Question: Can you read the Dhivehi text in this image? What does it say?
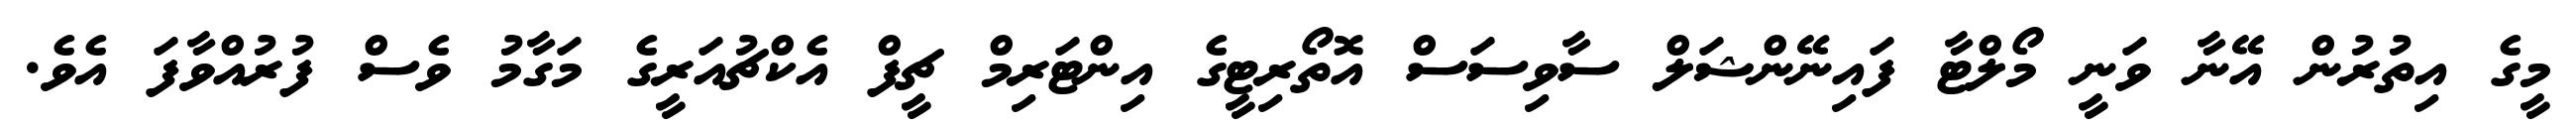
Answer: މީގެ އިތުރުން އޭނާ ވަނީ މޯލްޓާ ފައިނޭންޝަލް ސާވިސަސް އޮތޯރިޓީގެ އިންޓަރިމް ޗީފް އެކްޗުއަރީގެ މަގާމު ވެސް ފުރުއްވާފަ އެވެ.